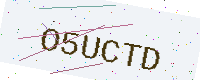
Text: O5UCTD